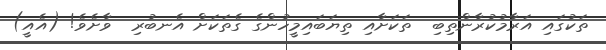
ތަކުގައި އަރާމުކުރާންތިބި  ތަކަށާއި ތިޔަބައިމީހުންގެ ގެތަކަށް އެނބުރި  ވާށެވެ! (އެއީ)